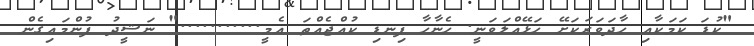
"ކުޑަ ކަމަކާއި ހާދަވަރަކަށޭ ހަޅޭއްލަވަނީ. ހެނާހާ ފިނޑި ކުއްޖެއްތަ އެމީ..........." ނަޝީދު ފުންމައިގެން